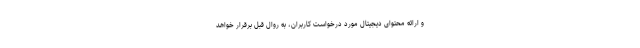
و ارائه محتوای دیجیتال مورد درخواست کاربران، به روال قبل برقرار خواهد